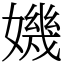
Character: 𡡤